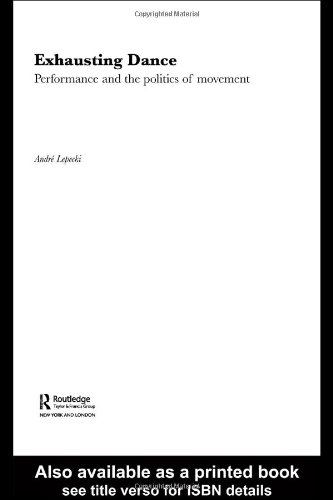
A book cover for Exhausting Dance: Performance and the Politics of Movement; Andre Lepecki; Humor & Entertainment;